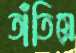
তাঁতিয়ে